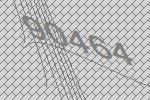
90464